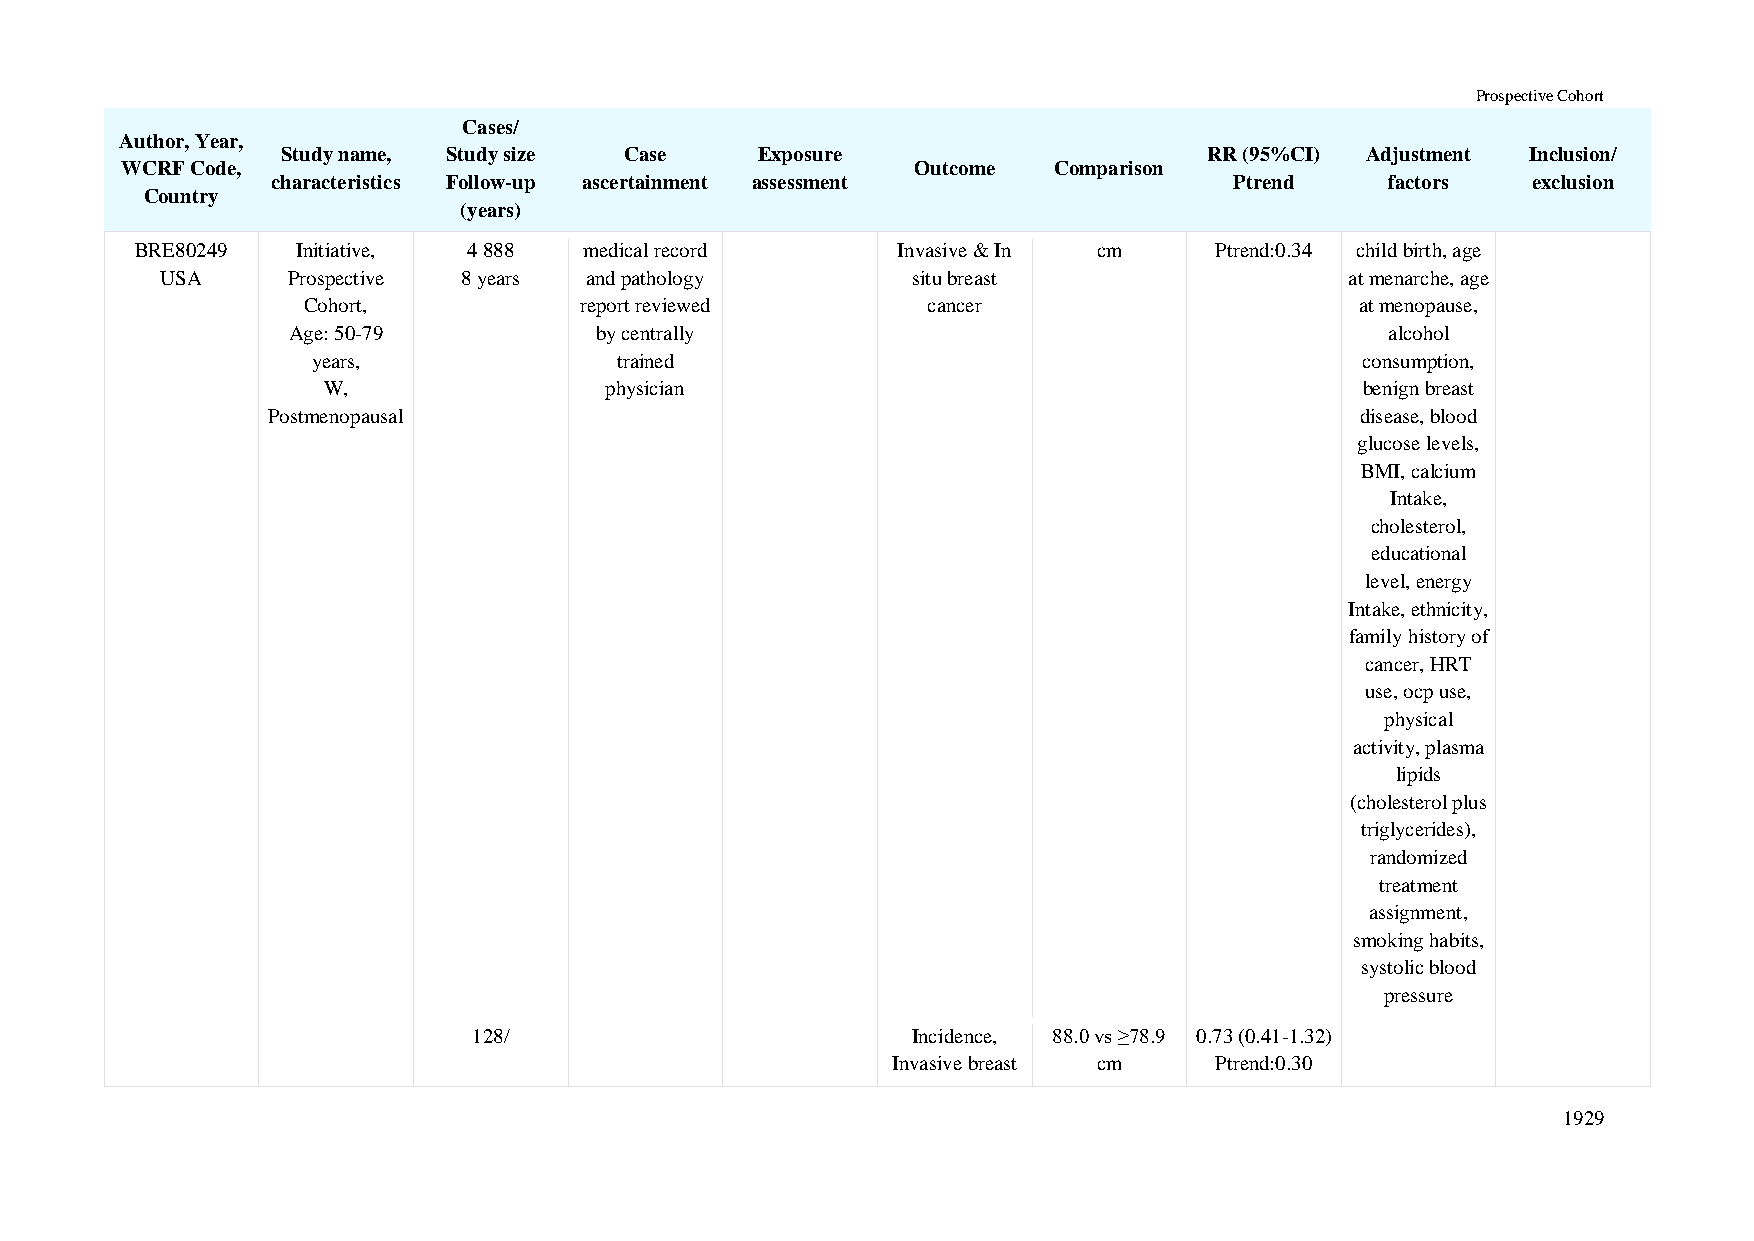
Prospective Cohort
 Cases/
 Author, Year,
 Study name, Study size Case    Exposure                      RR (95%CI) Adjustment Inclusion/
 WCRF Code,                                           Outcome  Comparison
 characteristics Follow-up ascertainment assessment              Ptrend    factors  exclusion
 Country
 (years)
 BRE80249   Initiative, 4 888  medical record      Invasive & In cm     Ptrend:0.34 child birth, age
 USA     Prospective 8 years and pathology        situ breast                  at menarche, age
 Cohort,           report reviewed        cancer                       at menopause,
 Age: 50-79          by centrally                                         alcohol
 years,              trained                                          consumption,
 W,                 physician                                         benign breast
 Postmenopausal                                                          disease, blood
 glucose levels,
 BMI, calcium
 Intake,
 cholesterol,
 educational
 level, energy
 Intake, ethnicity,
 family history of
 cancer, HRT
 use, ocp use,
 physical
 activity, plasma
 lipids
 (cholesterol plus
 triglycerides),
 randomized
 treatment
 assignment,
 smoking habits,
 systolic blood
 pressure
 128/                         Incidence, 88.0 vs ≥78.9 0.73 (0.41-1.32)
 Invasive breast cm   Ptrend:0.30
 1929